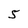
Character: 5